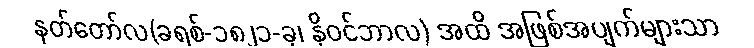
နတ်တော်လ(ခရစ်-၁၈၂၁-ခု၊ နိုဝင်ဘာလ) အထိ အဖြစ်အပျက်များသာ